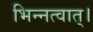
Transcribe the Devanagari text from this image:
भिन्नत्वात्।